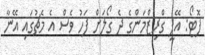
ފޮޓޯ: އޭޕީ ގްރިޒްމަންގެ ދެ ގޯލަށް ފަހު ވެސް އެ މެޗުގައި އޭނާ